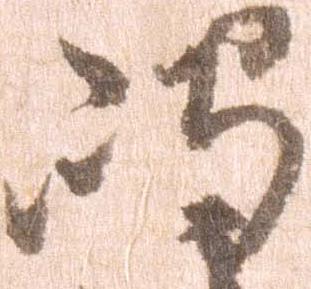
嶋